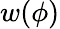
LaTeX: w(\phi)